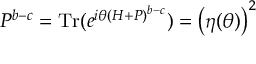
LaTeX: V ^ { g ^ { 4 } } = \int { d ^ { 3 } } x \left\langle 0 \right| \left( { I ^ { i } } \right) ^ { 2 } \left| 0 \right\rangle ,